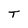
Character: T